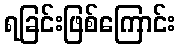
ရခြင်းဖြစ်ကြောင်း